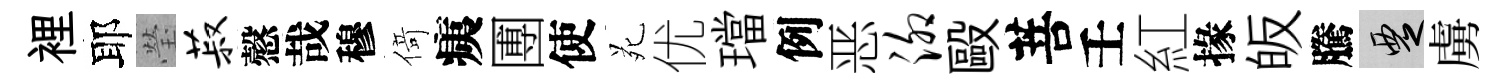
裡耶瑩菽慤哉穆𠋣痍圑使苑优璫例恶泖毆菩壬紅掾皈騰覂虜